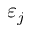
\varepsilon _ { j }